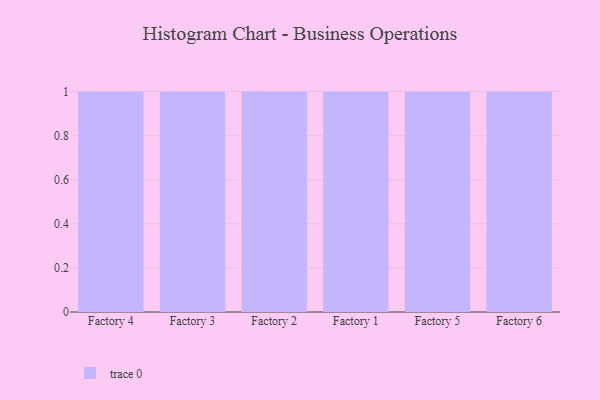
{"axis": {"x": "Factory", "y": "Shipments"}, "legend": [""], "data": [{"x": "Factory 4", "y": 33, "type": ""}, {"x": "Factory 3", "y": 32, "type": ""}, {"x": "Factory 2", "y": 30, "type": ""}, {"x": "Factory 1", "y": 74, "type": ""}, {"x": "Factory 5", "y": 27, "type": ""}, {"x": "Factory 6", "y": 89, "type": ""}]}